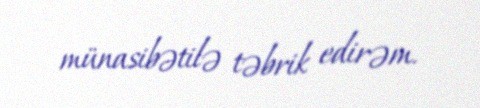
münasibətilə təbrik edirəm.